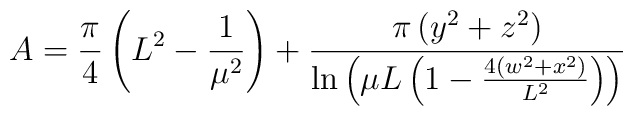
A=\frac{\pi}{4}\left(L^2-\frac{1}{\mu^2}\right)+\frac{\pi\left(y^2+z^2	\right)}{\ln\left(\mu L\left(1-\frac{4\left(w^2+x^2\right)}{L^2}\right)	\right)}